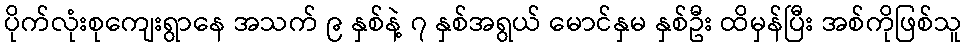
ပိုက်လုံးစုကျေးရွာနေ အသက် ၉ နှစ်နဲ့ ၇ နှစ်အရွယ် မောင်နှမ နှစ်ဦး ထိမှန်ပြီး အစ်ကိုဖြစ်သူ